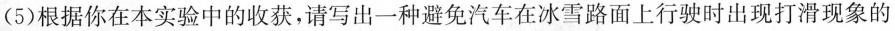
(5)根据你在本实验中的收获，请写出一种避免汽车在冰雪路面上行驶时出现打滑现象的